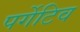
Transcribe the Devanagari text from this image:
पर्गेटिव